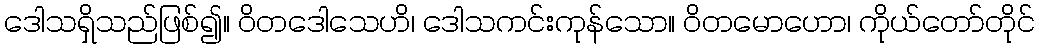
ဒေါသရှိသည်ဖြစ်၍။ ဝိတဒေါသေဟိ၊ ဒေါသကင်းကုန်သော။ ဝိတမောဟော၊ ကိုယ်တော်တိုင်